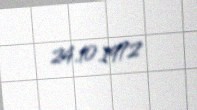
24.10.1972